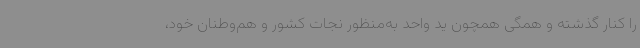
را کنار گذشته و همگی همچون ید واحد به‌منظور نجات کشور و هم‌وطنان خود،